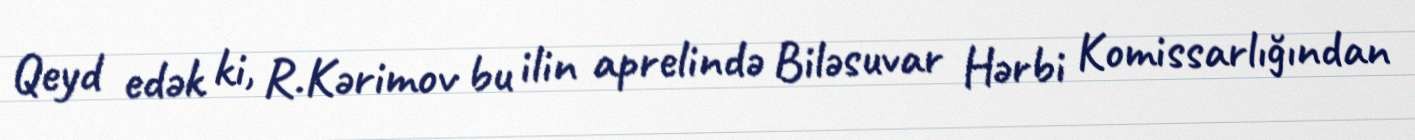
Qeyd edək ki, R.Kərimov bu ilin aprelində Biləsuvar Hərbi Komissarlığından